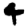
Digit: 4